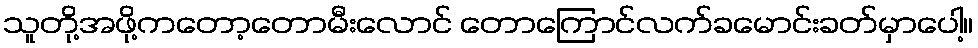
သူတို့အဖို့ကတော့တောမီးလောင် တောကြောင်လက်ခမောင်းခတ်မှာပေါ့။